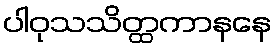
ပါဝုသသိတ္ထကာနနေ